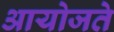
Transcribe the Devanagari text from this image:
आयोजते